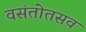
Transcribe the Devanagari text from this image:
वसंतोतसव